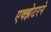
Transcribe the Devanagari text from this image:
एक्झेटरने